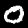
Digit: 0